Report of the Municipal Commissioner on the plague in Bombay for the year ending 31st May... - Volume 1
Disease focus: Plague
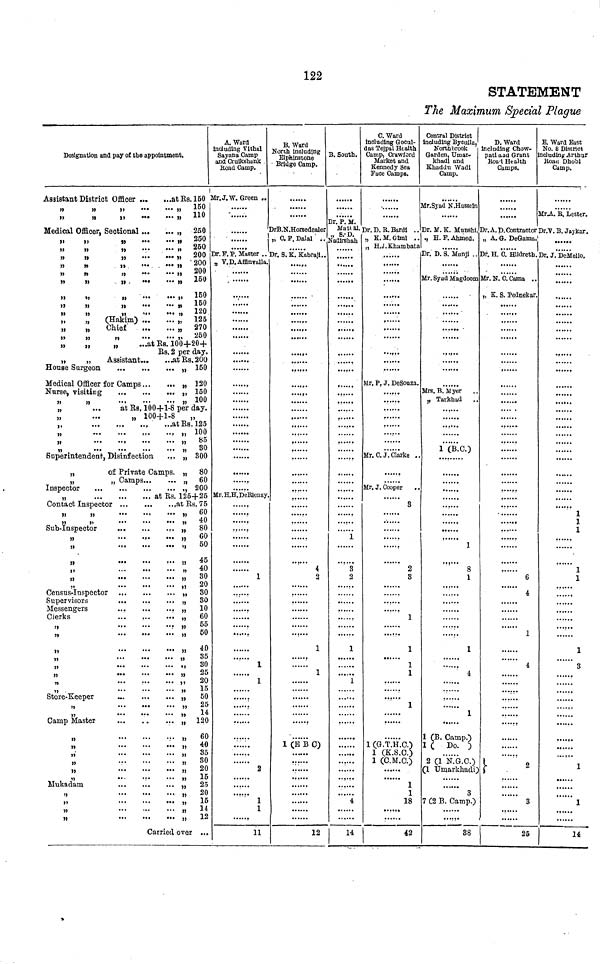
122
STATEMENT
The Maximum Special Plague
Designation and pay of the appointment.
Assistant District Officer
at Rs. 150
„
„
„
„ 150
"
"
"
...
...
"110
Medical Officer, Sectional
„ 250
„
„
„
„ 250
„
„
„
250
„
„
„
„ 200
,
,. 200
"
"
"
"
200
"
"
"
"
150
"
""""
"
"
150
"
"
"
" 150
"
"
" ... .... " 120
„
„
(Hakim)
„ 125
„
„
Chief
„ 270
„
„
„
„ 250
„
„
„
...at Rs. 100+20+
Rs. 2 per day.
„
„
Assistant
.at Rs. 200
House Surgeon
„ 150
Medical Officer for Camps
„ 120
Nurse, visiting
„ 150
„ 100
at Rs. 100+1-8 per day.
„ 100+1-8
„
at Rs. 125
,, 100
" 85
„ 80
Superintendent, Disinfection
... „ 300
„
of. Private Camps. „ 80
„
„ Camps
„ 60
Inspector
, 200
„
at Rs. 125+25
Contact Inspector
at Rs. 75
"
" ... ... ... " 60
,,
„
„ 40
Sub-Inspector
„
80
"
60
„
50
"
...
" 45
„ 40
" 30
20
Census-Inspector
, 30
Supervisors
30
Messengers
10
Clerks
60
55
: 50
40
35
30
25
20
15
Store-Keeper
50
" 25
" 14
Camp Master
„ 120
„
" 60
„
" 40
">
85
" 30
„
20
"
..
"
15
Mukadam
„
25
" 20
"
" 15
" 14
„
„ 12
Carried over ...
A. Wara
Including Vithal
Sayana Camp
ana Cruikshank
Road Camp.
Mr. J.W. Green ..
.
"
..
Dr. F. P. Master ..
„ V.D. Affinvalla.
Mr.H.H.DeRienzy.
1
1
1
2
1
1
11
B. Ward
North Including
Elpninstone
Bridge Camp.
......
DrB.N.Horeedealer
„ C. F. Dalal . .
......
Dr. S.K. Kabraji..
......
......
......
......
.....
...
....
......
......
4
2
......
1
1
....
1 (E B C)
12
B. South.
......
Dr. P. M.
Mati al.
" S.-D.
Nadirshah
......
....
......
....
......
i
3
2
1
1
4
14
C. Ward
Including Gocnl-
das Tejpnl Health
Camp, Crawford
Market and
Kennedy Sea
Face Camps.
Dr. D. B. Bardi . .
„ K.M.Giml ..
„ H.J.Khambata
,
.....
......
......
Mr. P. J. DeSouza.
Mr. C. J Clarke ..
Mr. J. Cooper
8
...
2
3
1
1
1
1
1
1 (G.T.H.C.)
1 (K.S.C.)
1 (C.M.C.)
1
1
18
42
Central District
including Byculla.
North brook
Garden. Umar-
khadi and
Khaddu Wadi
Camp.
Mr.Syad N.Hussein
Dr. M. K. Munshi.
,, H. F. Ahmed.
Dr. D. 8. MunJJ ..
Mr. Syad Magdoom
....
......
......
Mrs. B. Myer
„ Tarkhad
......
1 (B.C.)
......
f
1
.....
8
1
........
1
4
1
1 (B. Camp.)
1 ( Do. )
2 (1 'N.G.C.)
(1 Umarkhadi)
3
7 C2 B. Camp.)
38
D. Ward
Including Chow-
patl and Grant
Road Health
Camps.
......
Dr. A. D. Contractor
„ A. G. DeGama.
Dr. H. C. Hlldreth.
Mr. N. C. Cama ..
„ K. S. Pednekar.
......
......
....
....
6
4
1
4
......
2
3
25
B. Ward East
No. 8 District
including Arthur
Road Dhobi
Camp.
......
Mr .A. B. Lester.
Dr.V.B. Jaykar.
Dr. J. DeMello.
......
1
1
1
1
1
....
...
1
3
...
.....
14